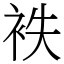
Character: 袟